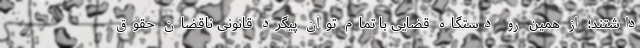
داشتند؛ از همین رو دستگاه قضایی با تمام توان پیگرد قانونی ناقضان حقوق